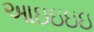
આઇઇઇઇ